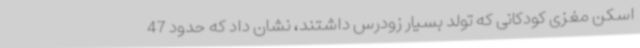
اسکن مغزی کودکانی که تولد بسیار زودرس داشتند، نشان داد که حدود 47